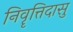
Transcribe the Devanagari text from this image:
निवॄत्तिदासु